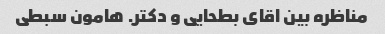
مناظره بین اقای بطحایی و دکتر. هامون سبطی